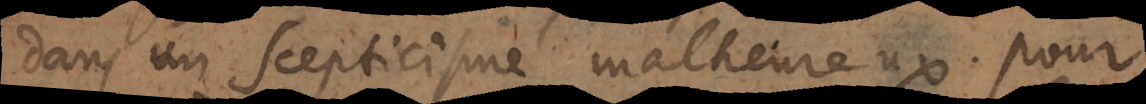
dans un Scepticisme malheureux. Pour